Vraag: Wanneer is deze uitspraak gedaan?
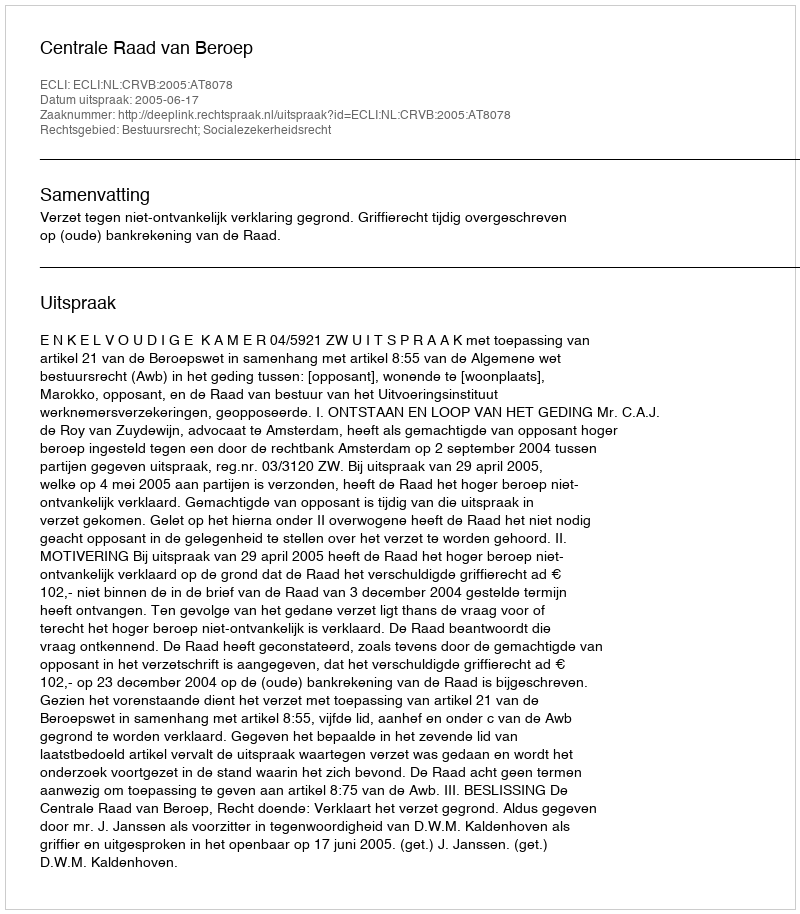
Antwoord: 2005-06-17